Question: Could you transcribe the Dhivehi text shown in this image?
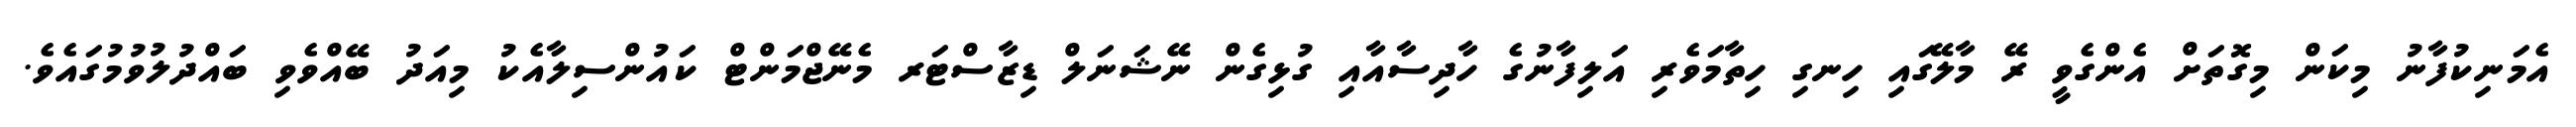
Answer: އެމަނިކުފާނު މިކަން މިގޮތަށް އެންގެވީ ރޭ މާލޭގައި ހިނގި ހިތާމަވެރި އަލިފާނުގެ ހާދިސާއާއި ގުޅިގެން ނޭޝަނަލް ޑިޒާސްޓަރ މެނޭޖްމަންޓް ކައުންސިލާއެކު މިއަދު ބޭއްވެވި ބައްދުލުވުމުގައެވެ.